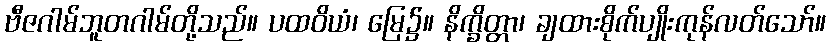
ဗီဇဂါမ်ဘူတဂါမ်တို့သည်။ ပထဝိယံ၊ မြေ၌။ နိက္ခိတ္တာ၊ ချထားစိုက်ပျိုးကုန်လတ်သော်။